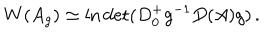
W ( A _ { g } ) \simeq \ln \det ( D _ { 0 } ^ { + } g ^ { - 1 } D ( A ) g ) \, .